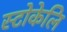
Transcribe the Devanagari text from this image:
स्टोकेलि